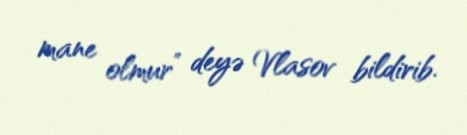
mane olmur” deyə Vlasov bildirib.